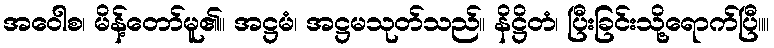
အဝေါစ၊ မိန့်တော်မူ၏။ အဋ္ဌမံ၊ အဋ္ဌမသုတ်သည်။ နိဋ္ဌိတံ၊ ပြီးခြင်းသို့ရောက်ပြီ။။